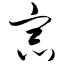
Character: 宗